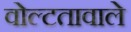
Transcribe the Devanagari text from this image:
वोल्टतावाले